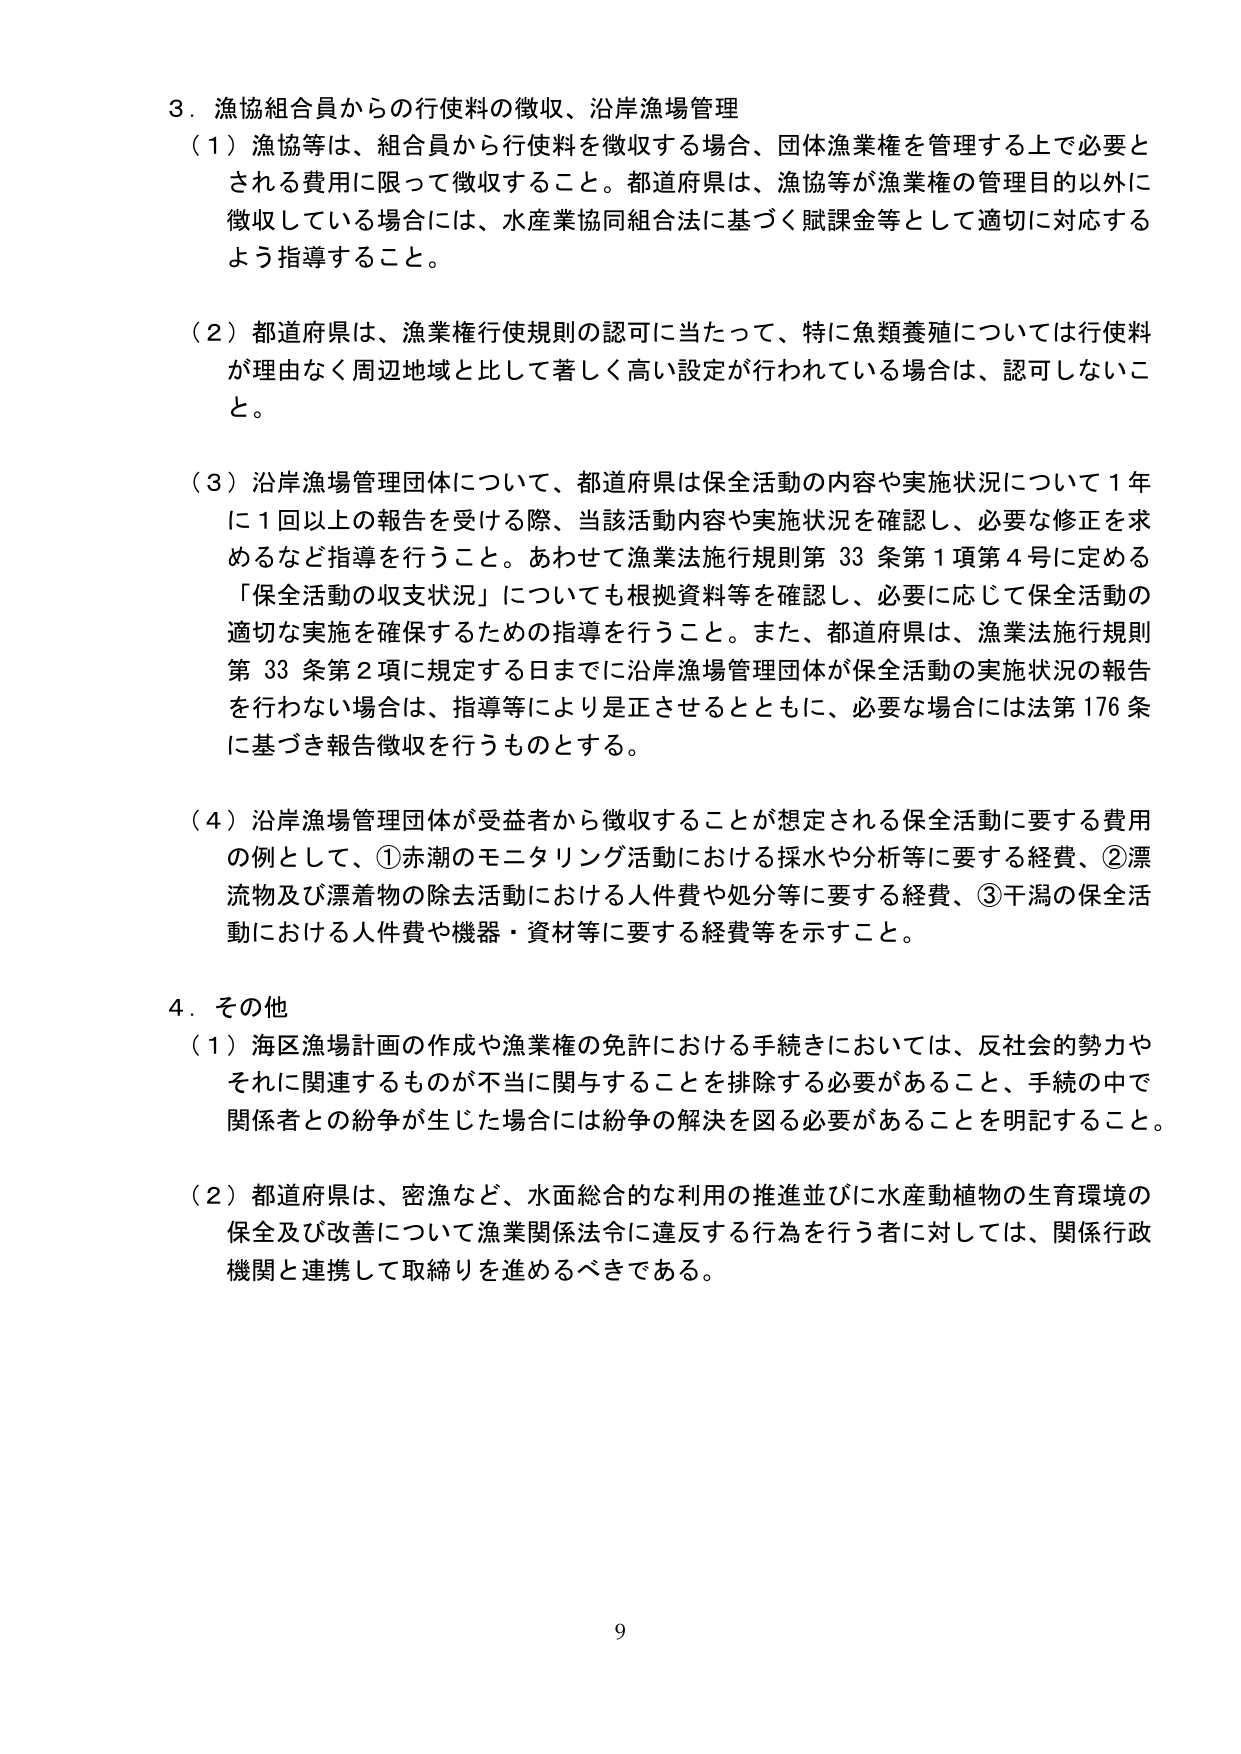
3．漁協組合員からの行使料の徴収、沿岸漁場管理
（1）漁協等は、組合員から行使料を徴収する場合、団体漁業権を管理する上で必要とされる費用に限って徴収すること。都道府県は、漁協等が漁業権の管理目的以外に徴収している場合には、水産業協同組合法に基づく賦課金等として適切に対応するよう指導すること。

（2）都道府県は、漁業権行使規則の認可に当たって、特に魚類養殖については行使料が理由なく周辺地域と比して著しく高い設定が行われている場合は、認可しないこと。

（3）沿岸漁場管理団体について、都道府県は保全活動の内容や実施状況について1年に1回以上の報告を受ける際、当該活動内容や実施状況を確認し、必要な修正を求めるなど指導を行うこと。あわせて漁業法施行規則第33条第1項第4号に定める「保全活動の収支状況」についても根拠資料等を確認し、必要に応じて保全活動の適切な実施を確保するための指導を行うこと。また、都道府県は、漁業法施行規則第33条第2項に規定する日までに沿岸漁場管理団体が保全活動の実施状況の報告を行わない場合は、指導等により是正させるとともに、必要な場合には法第176条に基づき報告徴収を行うものとする。

（4）沿岸漁場管理団体が受益者から徴収することが想定される保全活動に要する費用の例として、①赤潮のモニタリング活動における採水や分析等に要する経費、②漂流物及び漂着物の除去活動における人件費や処分等に要する経費、③干潟の保全活動における人件費や機器・資材等に要する経費等を示すこと。

4．その他
（1）海区漁場計画の作成や漁業権の免許における手続きにおいては、反社会的勢力やそれに関連するものが不当地に関与することを排除する必要があること、手続の中で関係者との紛争が生じた場合には紛争の解決を図る必要があることを明記すること。

（2）都道府県は、密漁など、水面総合的な利用の推進並びに水産動植物の生育環境の保全及び改善について漁業関係法令に違反する行為を行う者に対しては、関係行政機関と連携して取締りを進めるべきである。

9